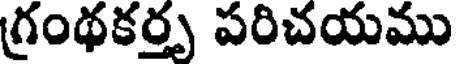
గ్రంథకర్తృ పరిచయము